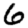
Digit: 6